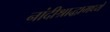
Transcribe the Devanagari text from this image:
नांदीश्राद्धामध्ये